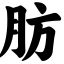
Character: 肪